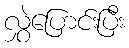
လွှဲပြောင်းပြီး